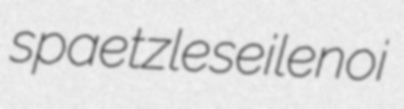
spaetzle seilenoi